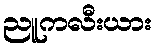
ညူကလီးယား